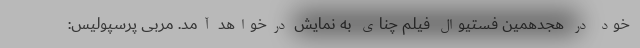
خود در هجدهمین فستیوال فیلم چنای به نمایش درخواهد آمد. مربی پرسپولیس: